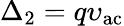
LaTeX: \Delta_{2}=q\upsilon_{\mathrm{ac}}